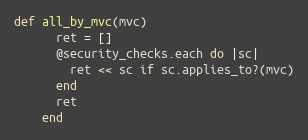
Language: Ruby
def all_by_mvc(mvc)
      ret = []
      @security_checks.each do |sc|
        ret << sc if sc.applies_to?(mvc)
      end
      ret
    end